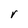
Character: r